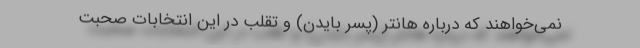
نمی‌خواهند که درباره هانتر (پسر بایدن) و تقلب در این انتخابات صحبت